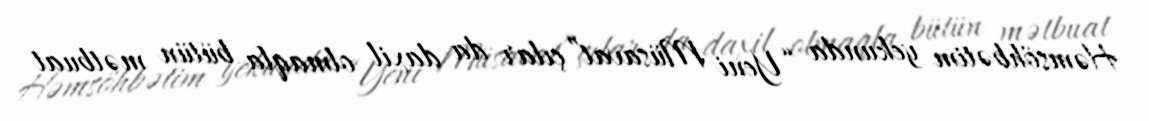
Həmsöhbətim yekunda “Yeni Müsavat”çılar da daxil olmaqla bütün mətbuat